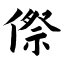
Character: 傺